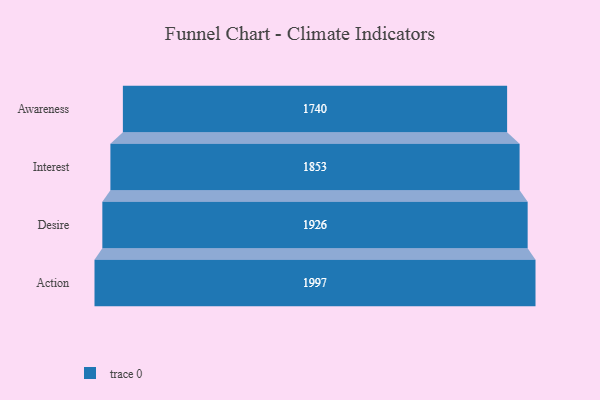
{"axis": {"x": "Stage", "y": "Value"}, "legend": [""], "data": [{"x": "Awareness", "y": 1740.0, "type": ""}, {"x": "Interest", "y": 1853.0, "type": ""}, {"x": "Desire", "y": 1926.0, "type": ""}, {"x": "Action", "y": 1997.0, "type": ""}]}